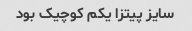
سایز پیتزا یکم کوچیک بود